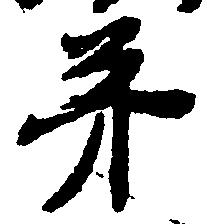
第